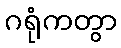
ဂရုံကတွာ